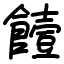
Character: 饐